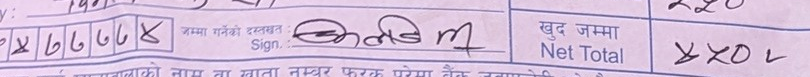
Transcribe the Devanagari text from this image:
जम्मा गर्नेको दस्तखत:
Sign.